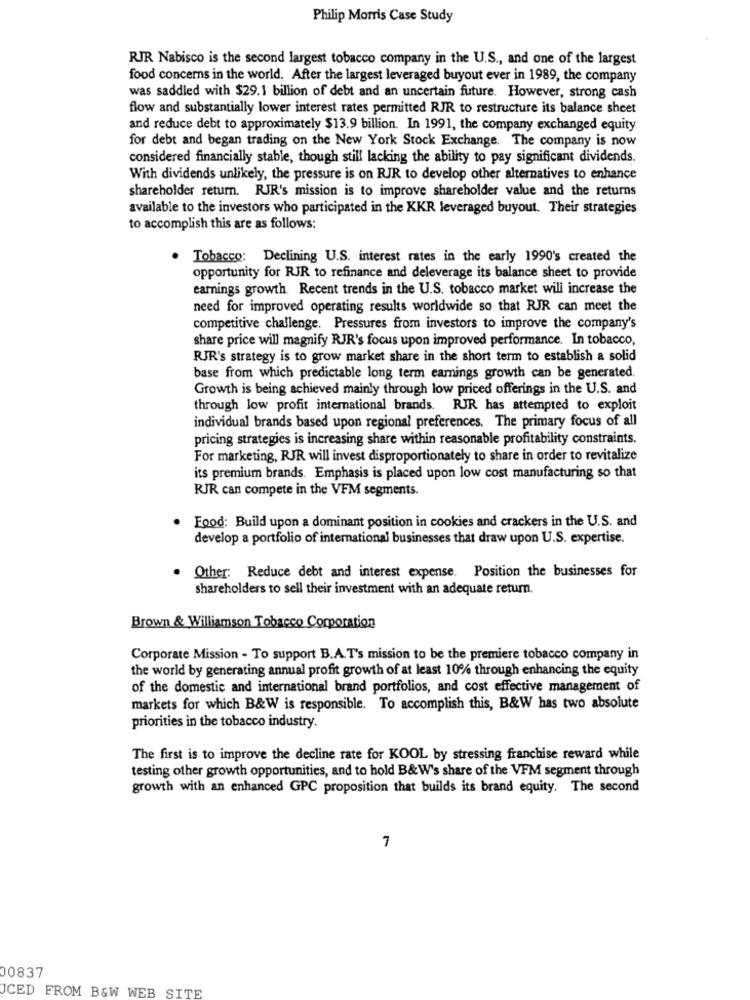
Philip Morris Case Study
RJR Nabisco is the second largest tobacco company in the U.S ., and one of the largest
food concerns in the world. After the largest leveraged buyout ever in 1989, the company
was saddled with $29.1 billion of debt and an uncertain future. However, strong cash
flow and substantially lower interest rates permitted RJR to restructure its balance sheet
and reduce debt to approximately $13.9 billion. In 1991, the company exchanged equity
for debt and began trading on the New York Stock Exchange. The company is now
considered financially stable, though still lacking the ability to pay significant dividends.
With dividends unlikely, the pressure is on RIR to develop other alternatives to enhance
shareholder return. RJR's mission is to improve shareholder value and the returns
available to the investors who participated in the KKR leveraged buyout. Their strategies
to accomplish this are as follows:
. Tobacco: Declining U.S. interest rates in the early 1990's created the
opportunity for RJR to refinance and deleverage its balance sheet to provide
earnings growth. Recent trends in the U.S. tobacco market will increase the
need for improved operating results worldwide so that RJR can meet the
competitive challenge. Pressures from investors to improve the company's
share price will magnify RJR's focus upon improved performance. In tobacco,
RJR's strategy is to grow market share in the short term to establish a solid
base from which predictable long term earnings growth can be generated
Growth is being achieved mainly through low priced offerings in the U.S. and
through low profit international brands. RJR has attempted to exploit
individual brands based upon regional preferences. The primary focus of all
pricing strategies is increasing share within reasonable profitability constraints.
For marketing, RJR will invest disproportionately to share in order to revitalize
its premium brands. Emphasis is placed upon low cost manufacturing so that
RJR can compete in the VFM segments.
Food: Build upon a dominant position in cookies and crackers in the U.S. and
develop a portfolio of international businesses that draw upon U.S. expertise.
. Other: Reduce debt and interest expense. Position the businesses for
shareholders to sell their investment with an adequate return.
Brown & Williamson Tobacco Corporation
Corporate Mission - To support B.A.T's mission to be the premiere tobacco company in
the world by generating annual profit growth of at least 10% through enhancing the equity
of the domestic and international brand portfolios, and cost effective management of
markets for which B&W is responsible. To accomplish this, B&W has two absolute
priorities in the tobacco industry.
The first is to improve the decline rate for KOOL by stressing franchise reward while
testing other growth opportunities, and to hold B&W's share of the VFM segment through
growth with an enhanced GPC proposition that builds its brand equity. The second
7
00837
ICED FROM B&W WEB SITE